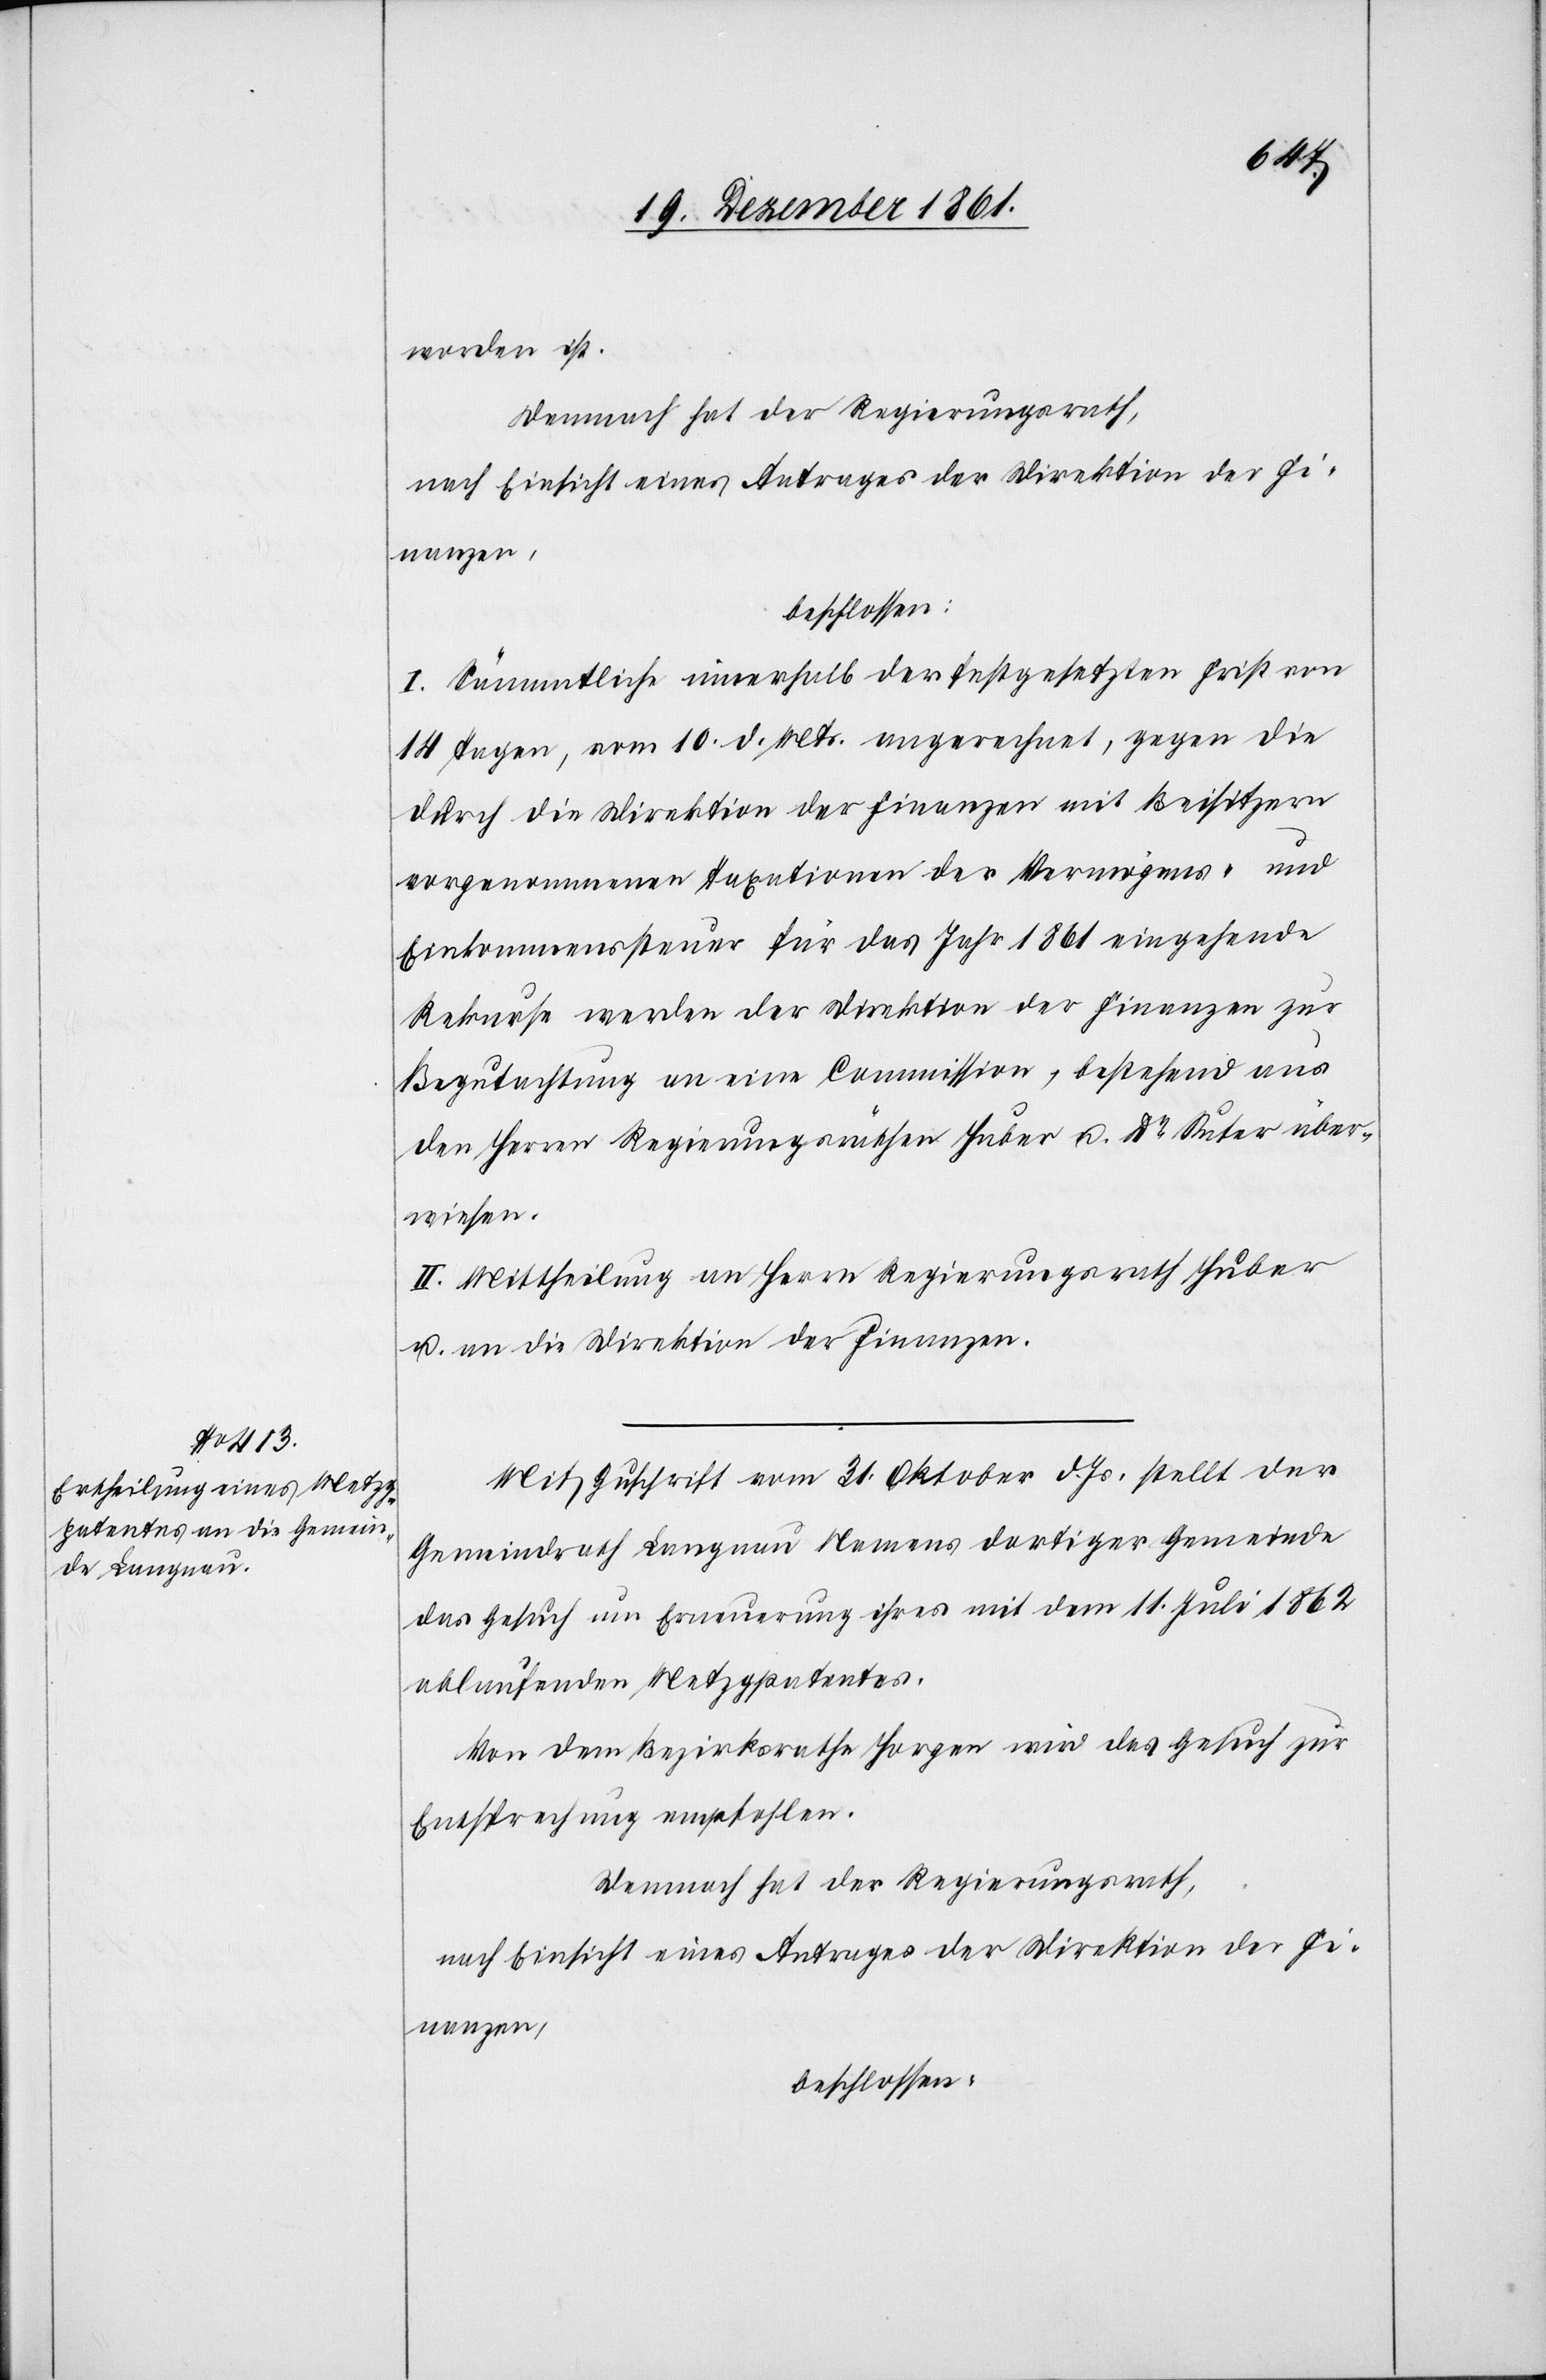
worden ist.
Demnach hat der Regierungsrath,
nach Einsicht eines Antrages der Direktion der Fi¬
nanzen,
beschlossen:
I. Sämmtliche innerhalb der festgesetzten Frist von
14 Tagen, vom 10 d. Mts. angerechnet, gegen die
durch die Direktion der Finanzen mit Beisitzern
vorgenommenen Taxationen der Vermögens- und
Einkommenssteuer für das Jahr 1861 eingehende
Rekurse werden der Direktion der Finanzen zur
Begutachtung an eine Commission, bestehend aus
den Herrn Regierungsräthen Huber u. Dr Suter über¬
wiesen.
II. Mittheilung an Herrn Regierungsrath Huber
u. an die Direktion der Finanzen.
Mit Zuschrift vom 31 Oktober d. Js. stellt der
Gemeindrath Langnau Namens dortiger Gemeinde
das Gesuch um Erneuerung ihres mit dem 11 Juli 1862
ablaufenden Metzgpatentes.
Von dem Bezirksrathe Horgen wird das Gesuch zur
Entsprechung empfohlen.
Demnach hat der Regierungsrath,
nach Einsicht eines Antrages der Direktion der Fi¬
nanzen,
beschlossen: